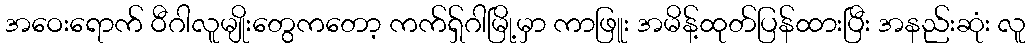
အဝေးရောက် ဝီဂါလူမျိုးတွေကတော့ ကက်ရှ်ဂါမြို့မှာ ကာဖြူး အမိန့်ထုတ်ပြန်ထားပြီး အနည်းဆုံး လူ